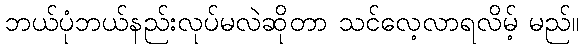
ဘယ်ပုံဘယ်နည်းလုပ်မလဲဆိုတာ သင်လေ့လာရလိမ့် မည်။